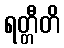
ရတ္တီတိ